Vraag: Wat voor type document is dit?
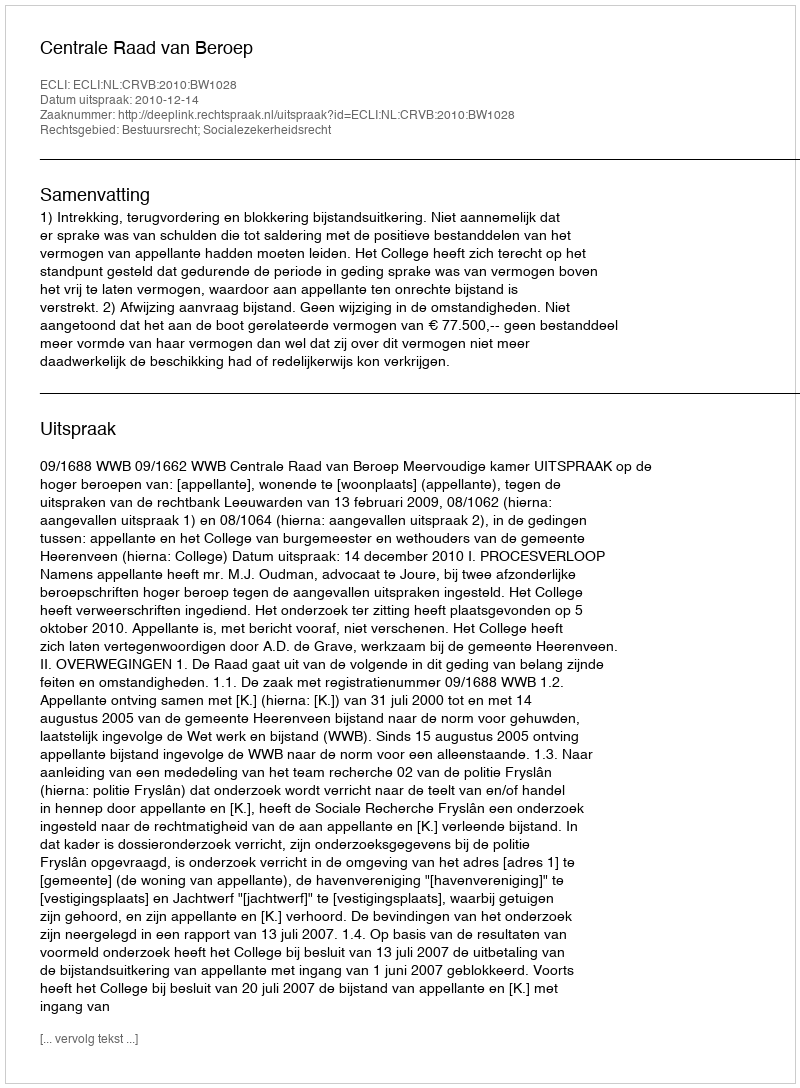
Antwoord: Uitspraak